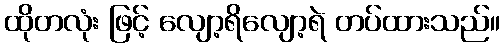
ထိုတလုံး ဖြင့် လျော့ရိလျော့ရဲ တပ်ထားသည်။